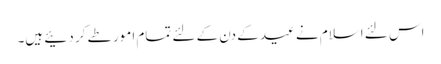
اس لئے اسلام نے عید کے دن کے لئے تمام امور طے کر دئیے ہیں۔